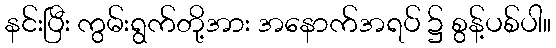
နင်းပြီး ကွမ်းရွက်တို့အား အနောက်အရပ် ၌ စွန့်ပစ်ပါ။